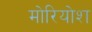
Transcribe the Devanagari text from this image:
मोरियोश